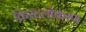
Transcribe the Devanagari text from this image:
क्रिस्टलोकरण